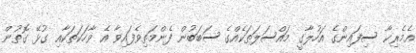
އެމެރިކާ ސިފައިންގެ އަހުލާގީ މައްސަލަތަކެއްގެ ސަބަބުން ފެންމަތިވެފައިވާ އެ ވާހަކަތަކާއި ގުޅޭ ގޮތުން